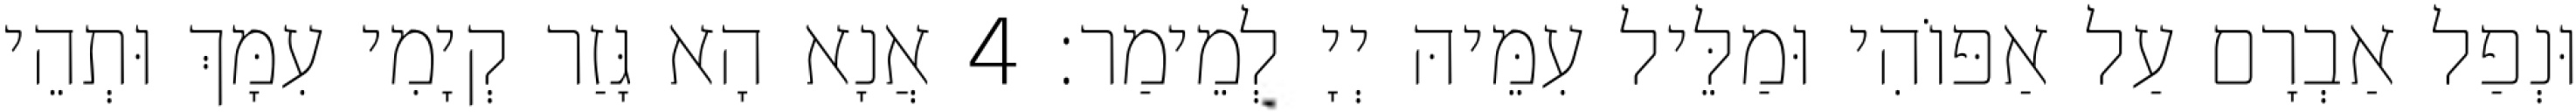
וּנְפַל אַבְרָם עַל אַפּוֹהִי וּמַלֵּיל עִמֵּיהּ יְיָ לְמֵימַר׃ 4 אֲנָא הָא גָּזַר קְיָמִי עִמָּךְ וּתְהֵי